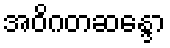
အဝိဂတဆန္ဒော